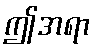
ဤအရာ